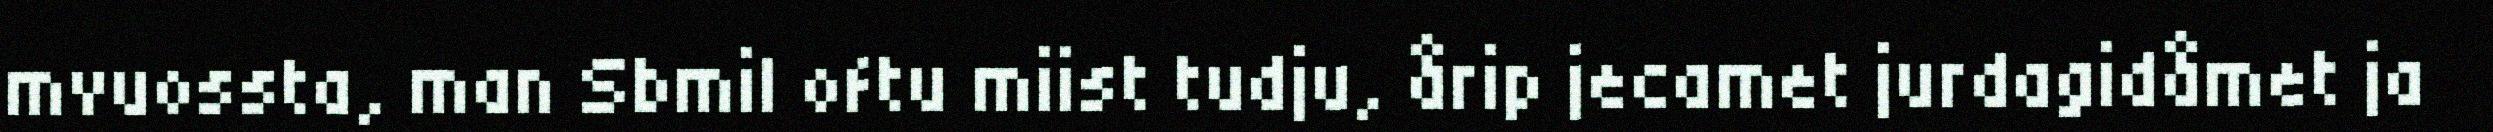
mvuossta, man Sbmil oftu miist tudju, årip jecamet jurdagidåmet ja